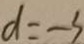
d = - 3